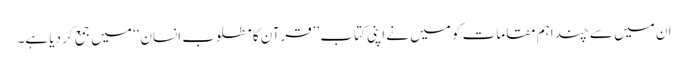
ان میں سے چند اہم مقامات کو میں نے اپنی کتاب ’’قرآن کا مطلوب انسان‘‘ میں جمع کر دیا ہے۔